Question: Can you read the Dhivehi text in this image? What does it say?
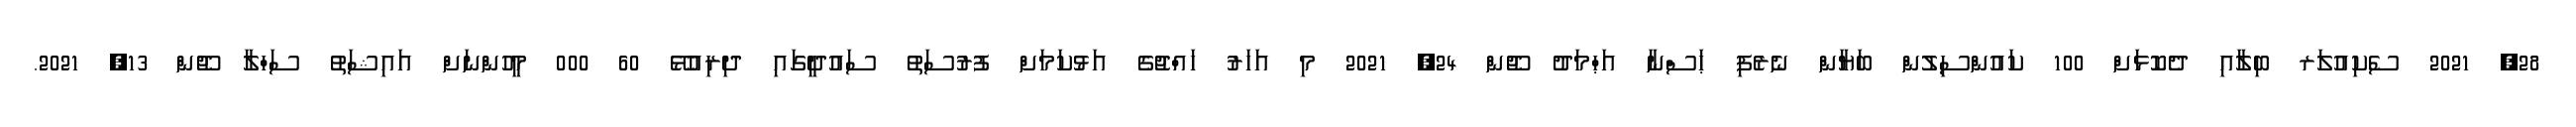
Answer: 28, 2021 ސެކިއުލަރ ބިލާއި ދެކޮޅަށް 100 ކައުންސިލުން ބަޔާން ނެރެފި ޙަސްނާ އަޙްމަދު ޖޫން 24, 2021 މި އަހަރު ހައްޖުގެ އަޅުކަމަށް ފުރުސަތު ސައުދީގައި ދިރިއުޅޭ 60 000 މީހުންނަށް އައިޝަތު ސަހްލާ ޖޫން 13, 2021.